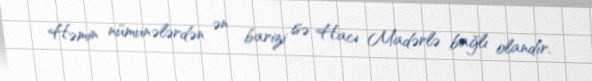
Həmin nümunələrdən ən barizi isə Hacı Madərlə bağlı olandır.